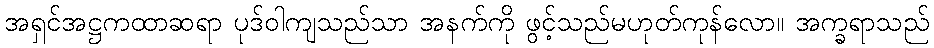
အရှင်အဋ္ဌကထာဆရာ ပုဒ်ဝါကျသည်သာ အနက်ကို ဖွင့်သည်မဟုတ်ကုန်လော။ အက္ခရာသည်